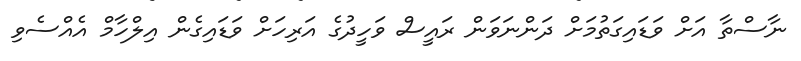
ނާސްތާ އަށް ވަޑައިގަތުމަށް ދަންނަވަން ރައީސް ވަހީދުގެ އަރިހަށް ވަޑައިގެން އިލްހާމް އެއްސެވި